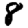
Digit: 8